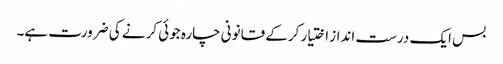
بس ایک درست انداز اختیار کرکے قانونی چارہ جوئی کرنے کی ضرورت ہے۔